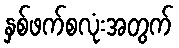
နှစ်ဖက်စလုံးအတွက်